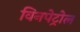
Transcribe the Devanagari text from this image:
विनपेट्रोल